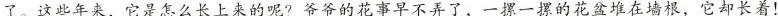
了。这些年来，它是怎么长上来的呢?爷爷的花事早不弄了，一摞一摞的花盆堆在墙根，它却长着！